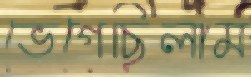
ভেগেছিলাম